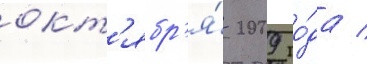
окт'ябр'я́ 2009 го́да /